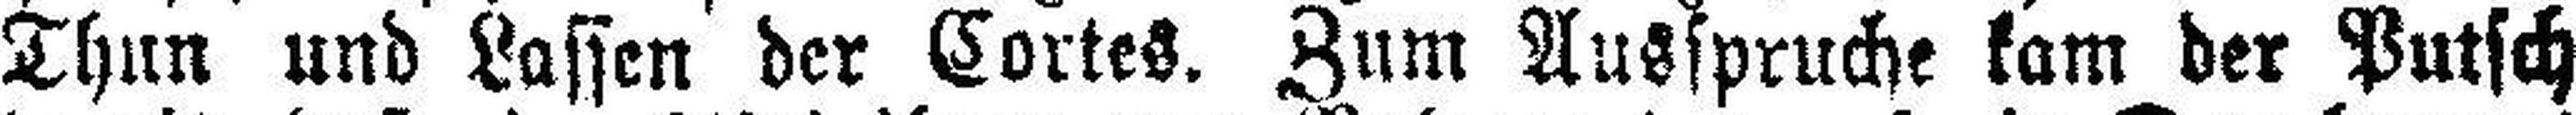
Thun und Lassen der Cortes. Zum Ausspruche kam der Putsch